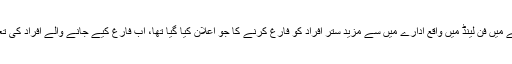
اپنی نئی پلاننگ کے سلسلے میں فن لینڈ میں واقع ادارے میں سے مزید ستر افراد کو فارغ کرنے کا جو اعلان کیا گیا تھا، اب فارغ کیے جانے والے افراد کی تعداد نصف کر دی گئی ہے۔